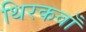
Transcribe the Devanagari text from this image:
थिरकवाँ